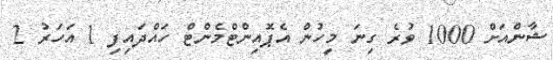
ޝާންއަށް 1000 ވުރެ ގިނަ މީހުން އެޕޮއިންޓްމެންޓް ހައްދައިފި 1 އަހަރު 2